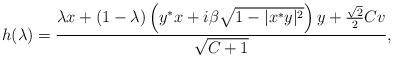
LaTeX: \begin{align*} h(\lambda) = \frac{ \lambda x + (1-\lambda) \left(y^*x + i \beta \sqrt{1-|x^*y|^2} \right) y + \frac{\sqrt{2}}{2}C v}{\sqrt{C+1}}, \end{align*}